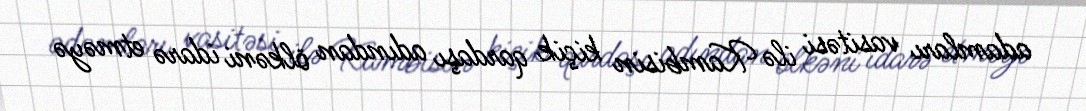
adamları vasitəsi ilə Kambisin kiçik qardaşı adından ölkəni idarə etməyə